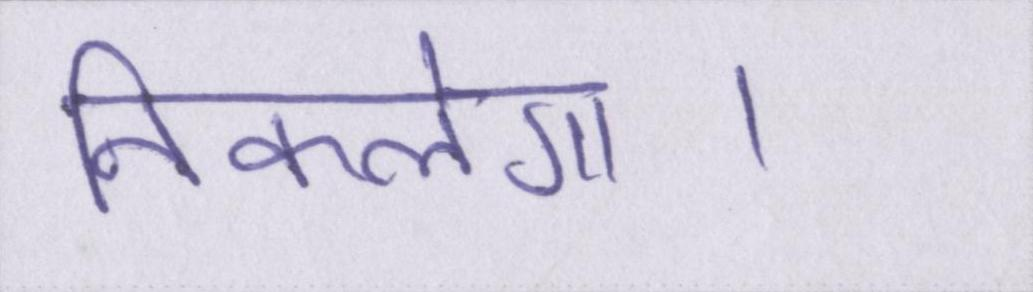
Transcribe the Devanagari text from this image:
निकलेगा।